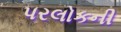
પરલોકની